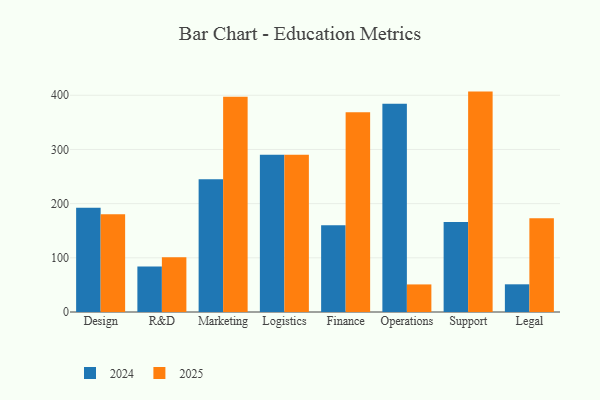
{"axis": {"x": "Department", "y": "Website Visitors"}, "legend": ["2024", "2025"], "data": [{"x": "Design", "y": 180.2, "type": "2025"}, {"x": "Design", "y": 192.2, "type": "2024"}, {"x": "R&D", "y": 101.2, "type": "2025"}, {"x": "R&D", "y": 84.1, "type": "2024"}, {"x": "Marketing", "y": 397.3, "type": "2025"}, {"x": "Marketing", "y": 245.2, "type": "2024"}, {"x": "Logistics", "y": 290.3, "type": "2025"}, {"x": "Logistics", "y": 290.1, "type": "2024"}, {"x": "Finance", "y": 368.5, "type": "2025"}, {"x": "Finance", "y": 160.0, "type": "2024"}, {"x": "Operations", "y": 50.9, "type": "2025"}, {"x": "Operations", "y": 384.6, "type": "2024"}, {"x": "Support", "y": 406.8, "type": "2025"}, {"x": "Support", "y": 166.0, "type": "2024"}, {"x": "Legal", "y": 172.9, "type": "2025"}, {"x": "Legal", "y": 51.1, "type": "2024"}]}